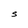
Character: S